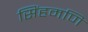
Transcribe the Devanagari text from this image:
सिंहमणि